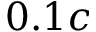
0 . 1 c